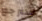
سنرجع